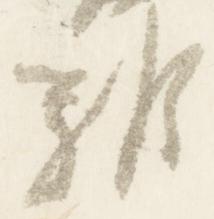
雑